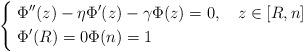
LaTeX: \begin{align*}\left\{\; \begin{aligned} & \Phi''(z) - \eta \Phi'(z) - \gamma \Phi(z)=0, & \; z\in [R,n]\\ & \Phi'(R)=0 \Phi(n) = 1& \end{aligned}\right.\end{align*}